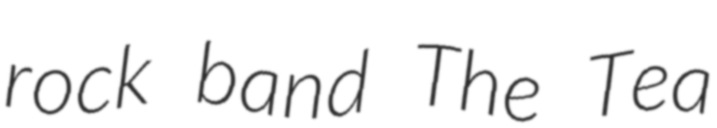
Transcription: rock band The Tea